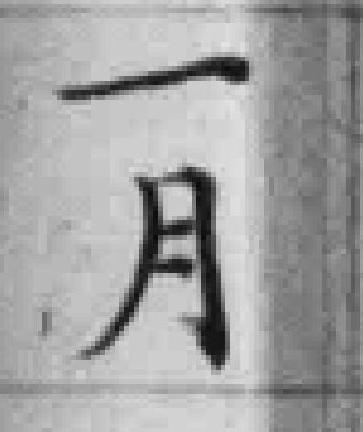
一月